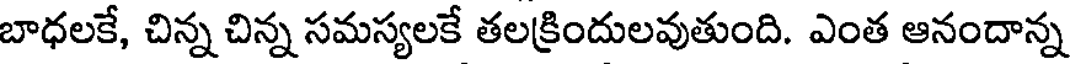
బాధలకే, చిన్న చిన్న సమస్యలకే తలక్రిందులవుతుంది. ఎంత ఆనందాన్న